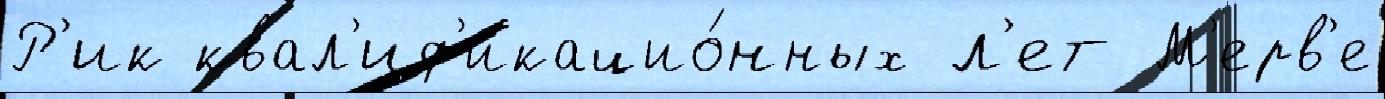
Р'ик квал'иф'икацио́нных л'ет М'ерв'е